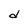
Character: d